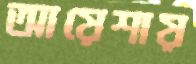
আয়েশায়